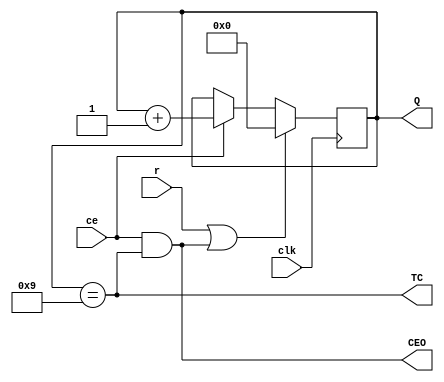
`timescale 1ns / 1ps
//////////////////////////////////////////////////////////////////////////////////
// Company: 
// Engineer: 
// 
// Design Name: 
// Module Name:    VCD4RE 
// Project Name: 
// Target Devices: 
// Tool versions: 
// Description: 
//
// Dependencies: 
//
// Revision: 
// Revision 0.01 - File Created
// Additional Comments: 
//
//////////////////////////////////////////////////////////////////////////////////
module VCD4RE(
	input clk,
	input ce,
	input r,
	output wire TC,
	output wire CEO,
	output reg[3:0] Q=0
);

assign TC = (Q==9);
assign CEO = ce & TC;
always @(posedge clk) begin
	Q <= (r|CEO)? 0: ce? Q+1: Q;
end

endmodule